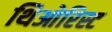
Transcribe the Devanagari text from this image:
थिओरिस्ट